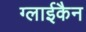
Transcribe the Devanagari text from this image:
ग्लाईकैन